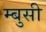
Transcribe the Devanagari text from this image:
म्बुसी